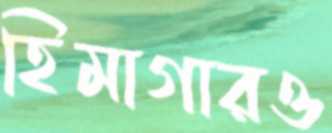
হিমাগারও